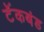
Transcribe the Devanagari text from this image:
टॅंकबंड